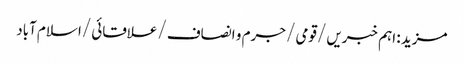
مزید : اہم خبریں /قومی /جرم و انصاف /علاقائی /اسلام آباد